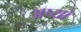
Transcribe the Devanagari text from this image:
अप्यो